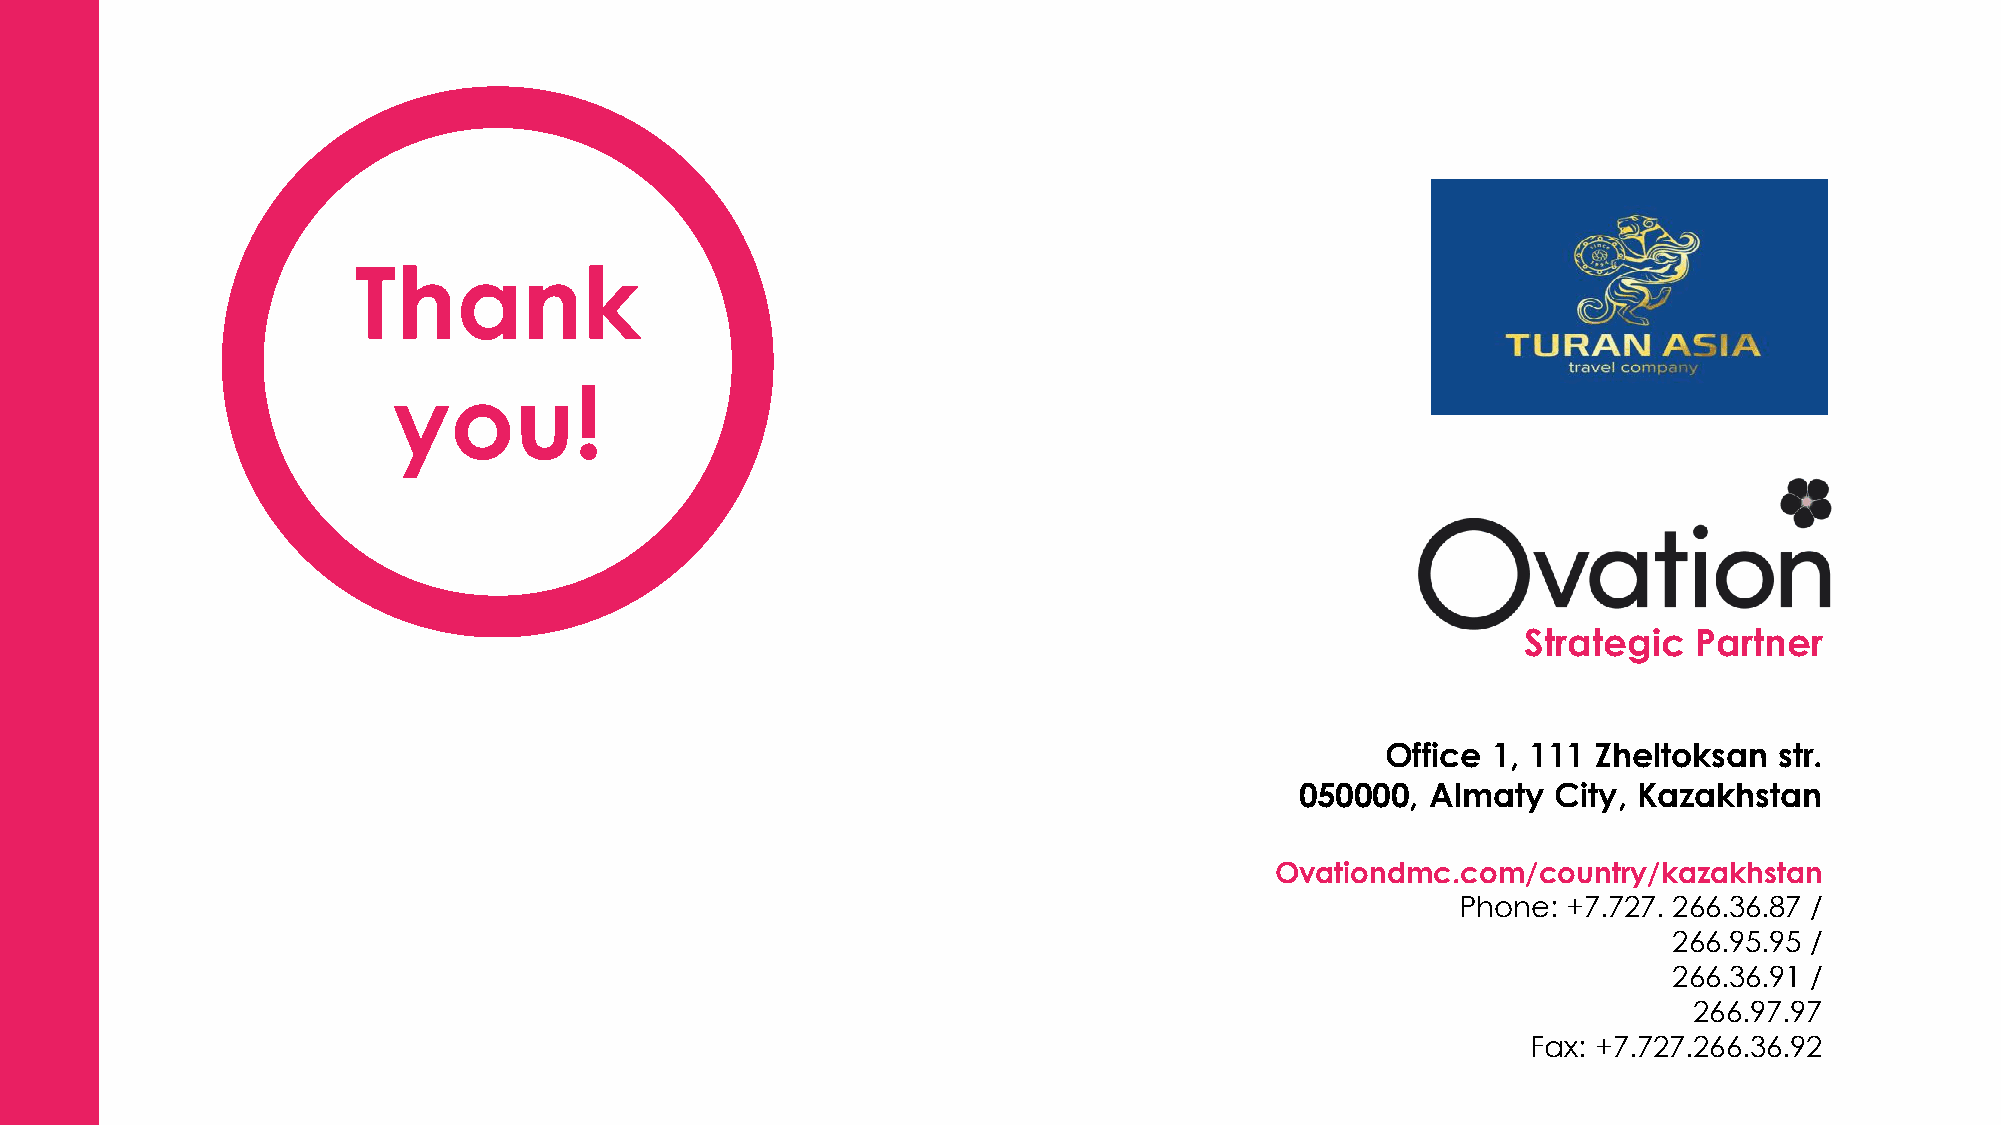
Thank
 you!
 Strategic  Partner
 Office 1, 111 Zheltoksan  str.
 050000,  Almaty  City, Kazakhstan
 Ovationdmc.com/country/kazakhstan
 Phone: +7.727. 266.36.87 /
 266.95.95 /
 266.36.91 /
 266.97.97
 Fax: +7.727.266.36.92
 Country Name